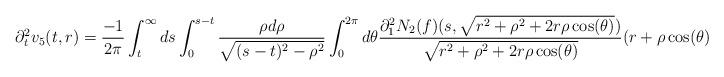
LaTeX: \begin{align*} \partial_{t}^{2}v_{5}(t,r) &= \frac{-1}{2\pi} \int_{t}^{\infty}ds \int_{0}^{s-t} \frac{\rho d\rho}{\sqrt{(s-t)^{2}-\rho^{2}}} \int_{0}^{2\pi}d\theta \frac{\partial_{1}^{2}N_{2}(f)(s,\sqrt{r^{2}+\rho^{2}+2 r \rho \cos(\theta)})}{\sqrt{r^{2}+\rho^{2}+2 r \rho \cos(\theta)}}(r+\rho \cos(\theta))\end{align*}